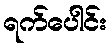
ရက်ပေါင်း